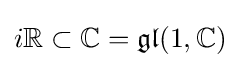
i\mathbb {R} \subset \mathbb {C} ={\mathfrak {gl}}(1,\mathbb {C} )